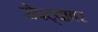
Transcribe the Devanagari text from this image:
रोपट्यावर